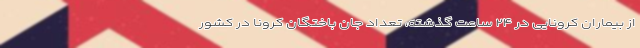
از بیماران کرونایی در ۲۴ ساعت گذشته، تعداد جان باختگان کرونا در کشور